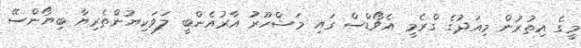
މީގެ އިތުރުން މިއަދުގެ ގްރެމީ އެވޯޑްސް ގައި މަޝްހޫރު އާރުއެންބީ ލަވަކިޔުންތެރިޔާ ބިޔޯންސޭ